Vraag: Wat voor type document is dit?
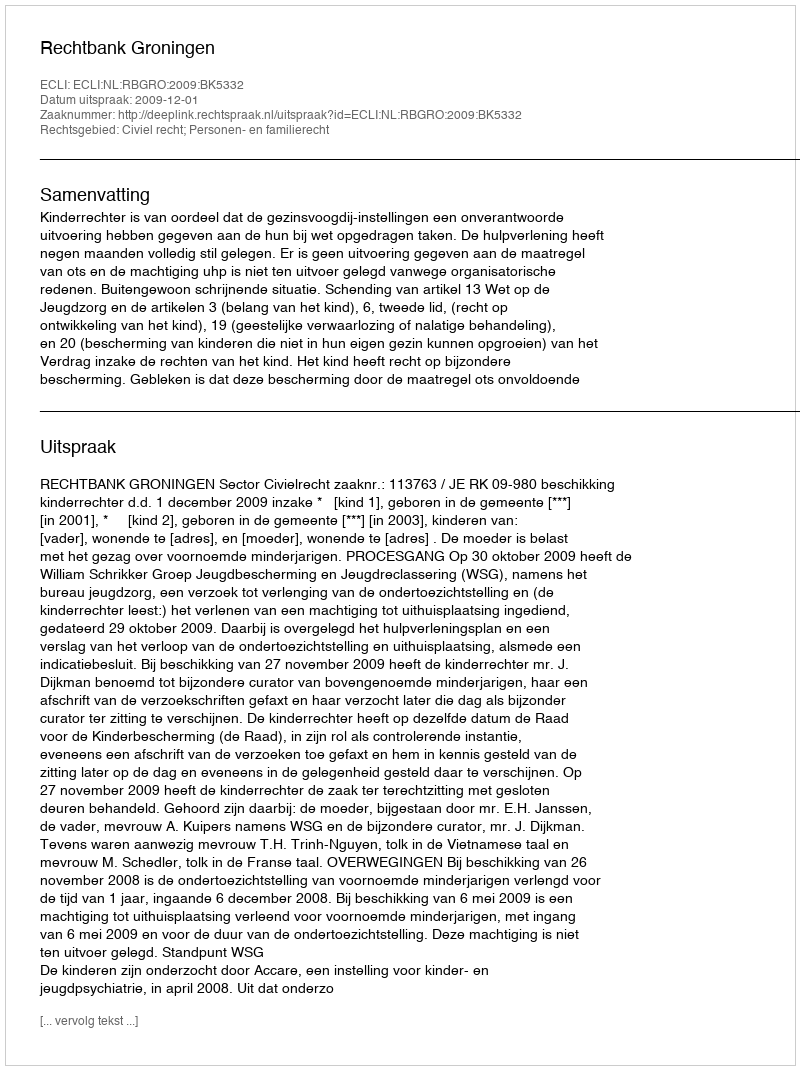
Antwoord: Uitspraak